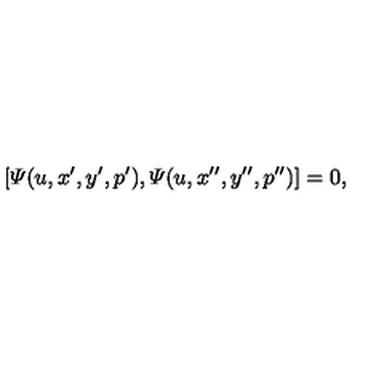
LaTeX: [ { \mit \Psi } ( u , x ^ { \prime } , y ^ { \prime } , p ^ { \prime } ) , { \mit \Psi } ( u , x ^ { \prime \prime } , y ^ { \prime \prime } , p ^ { \prime \prime } ) ] = 0 ,